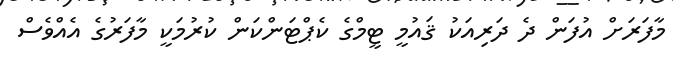
މާފަރަށް އުފަން ދެ ދަރިއަކު ޤައުމީ ޓީމްގެ ކެޕްޓަންކަން ކުރުމަކީ މާފަރުގެ އެއްވެސް